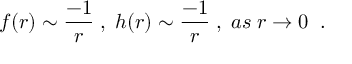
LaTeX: f ( r ) \sim \frac { - 1 } { r } \; , \; h ( r ) \sim \frac { - 1 } { r } \; , \; a s \; r \rightarrow 0 \; \; .